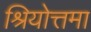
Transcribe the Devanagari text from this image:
श्रियोत्तमा